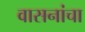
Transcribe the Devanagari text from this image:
वासनांचा